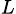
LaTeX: _L